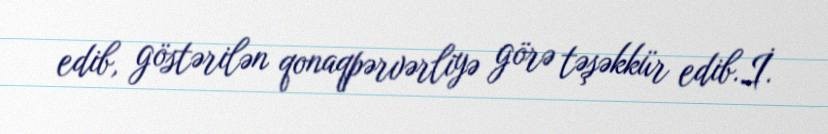
edib, göstərilən qonaqpərvərliyə görə təşəkkür edib.İ.